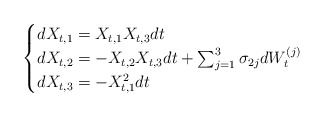
\begin{align*}\begin{cases}d X_{t,1} = X_{t,1} X_{t,3} dt \\ d X_{t,2} = - X_{t,2}X_{t,3}dt + \sum_{j=1}^3 \sigma_{2 j} dW_t^{(j)} \\ d X_{t,3} = -X_{t,1}^2dt \end{cases}\end{align*}